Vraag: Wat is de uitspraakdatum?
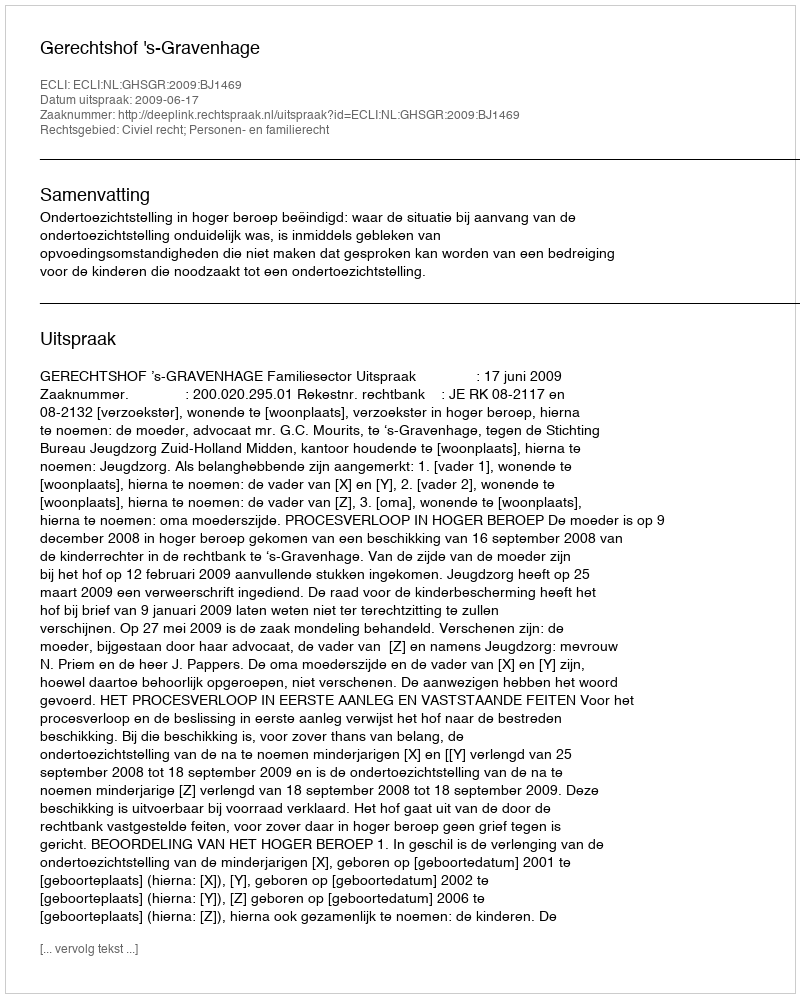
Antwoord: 2009-06-17